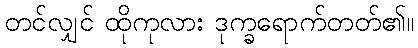
တင်လျှင် ထိုကုလား ဒုက္ခရောက်တတ်၏။